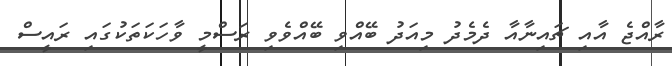
ރާއްޖެ އާއި ޗައިނާއާ ދެމެދު މިއަދު ބޭއްވި ބޭއްވެވި ރަސްމީ ވާހަކަތަކުގައި ރައީސް